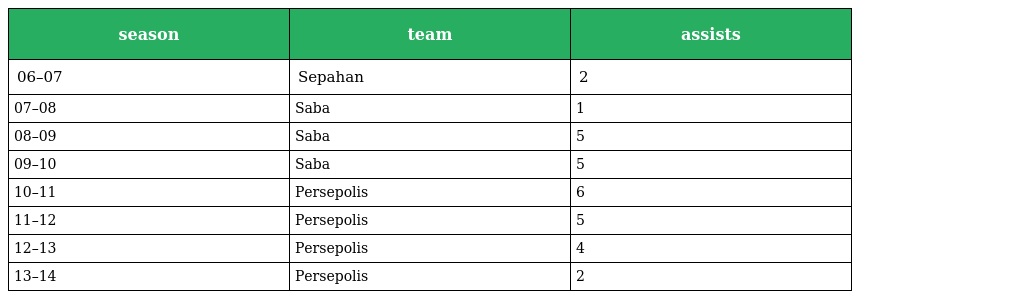
| season | team | assists |
 | --- | --- | --- |
 | 06–07 | Sepahan | 2 |
 | 07–08 | Saba | 1 |
 | 08–09 | Saba | 5 |
 | 09–10 | Saba | 5 |
 | 10–11 | Persepolis | 6 |
 | 11–12 | Persepolis | 5 |
 | 12–13 | Persepolis | 4 |
 | 13–14 | Persepolis | 2 |